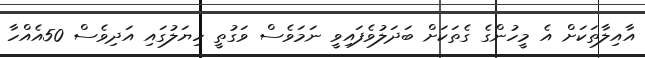
އާއިލާތަކަށް އެ މީހުންގެ ގެތަކަށް ބަދަލުވެފައިވީ ނަމަވެސް ވަގުތީ ހިޔަލުގައި އަދިވެސް 50އެއްހާ